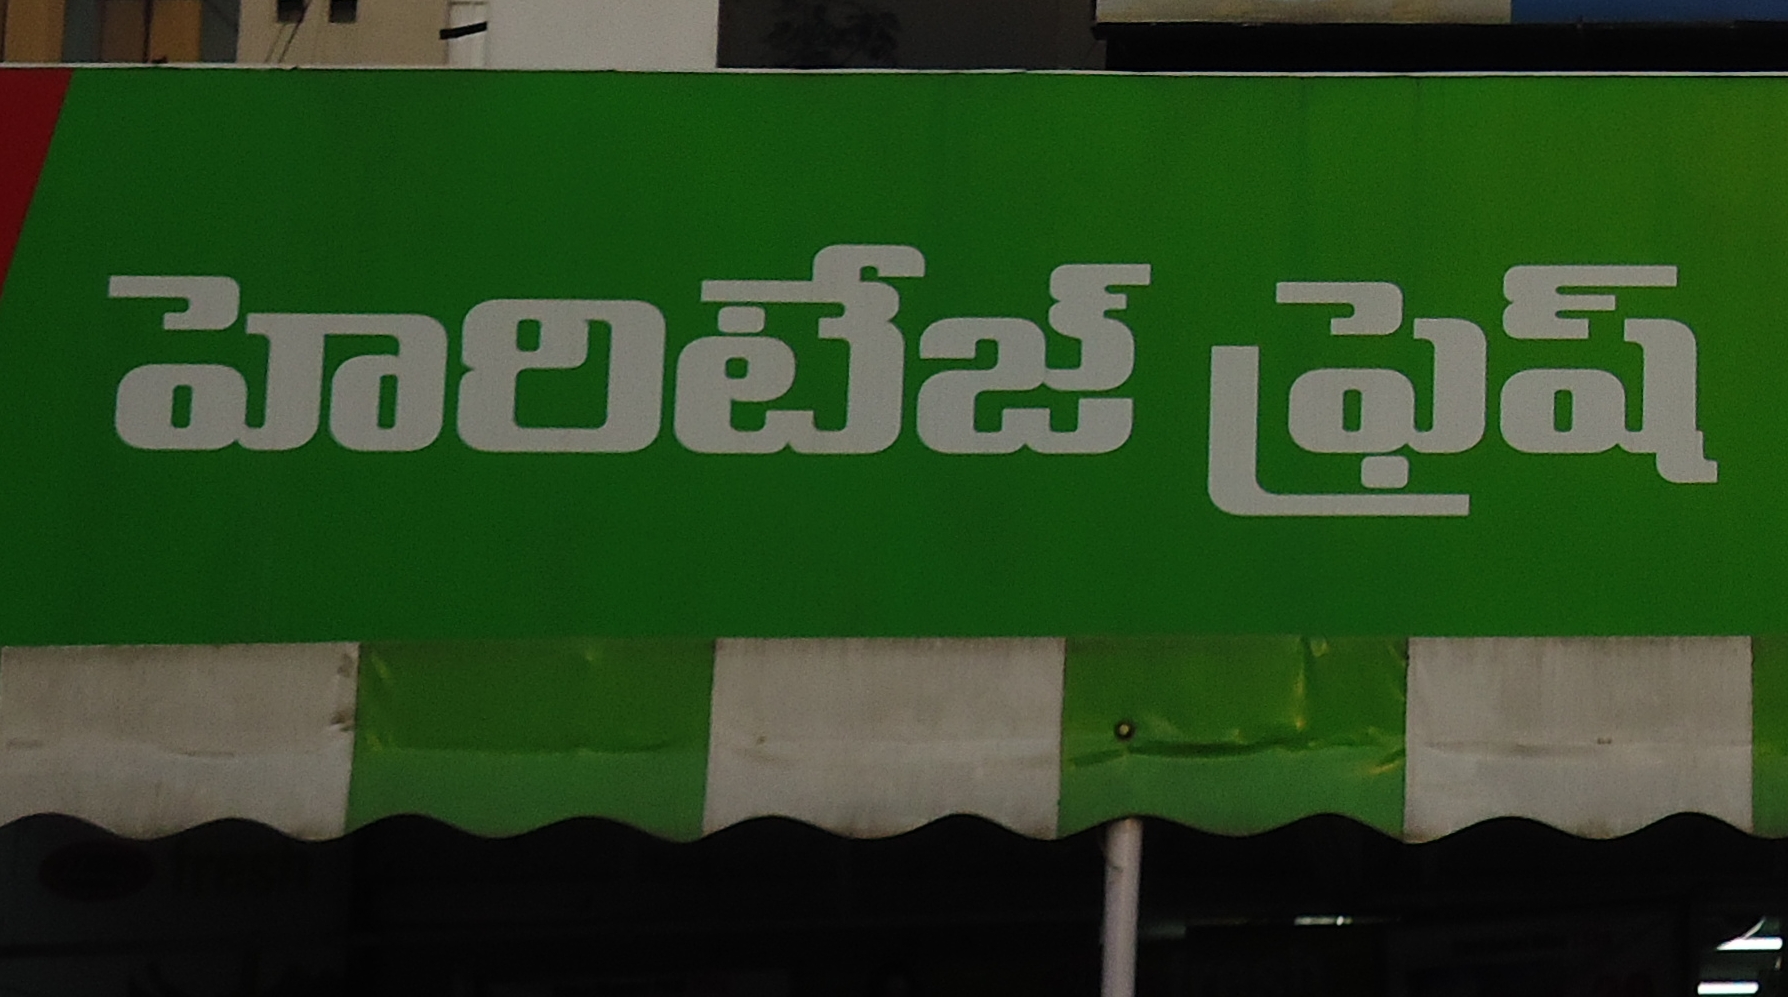
Language: telugu
Transcription: హెరిటేజ్ ఫ్రెష్